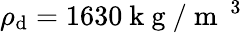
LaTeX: \rho_{\mathrm{d}}=1630\mathrm{{~k~g~}}/{{\mathrm{{~m~}}}^{\mathrm{{~3~}}}}